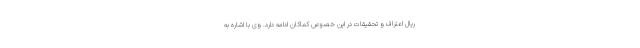
ریال اعتراف و تحقیقات در این خصوص کماکان ادامه دارد. وی با اشاره به